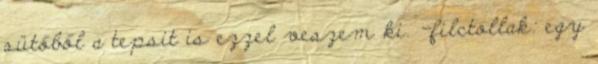
sütőből a tepsit is ezzel veszem ki. -filctollak: egy